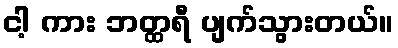
ငါ့ ကား ဘတ္ထရီ ပျက်သွားတယ်။